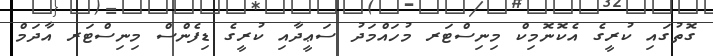
ގޮތުގައި ކުރީގެ އެކޮނޮމިކް މިނިސްޓަރ މުހައްމަދު ސަޢީދާއި ކުރީގެ ޑިފެންސް މިނިސްޓަރ އާދަމް